Rakvere_kinnistusamet, lk 118
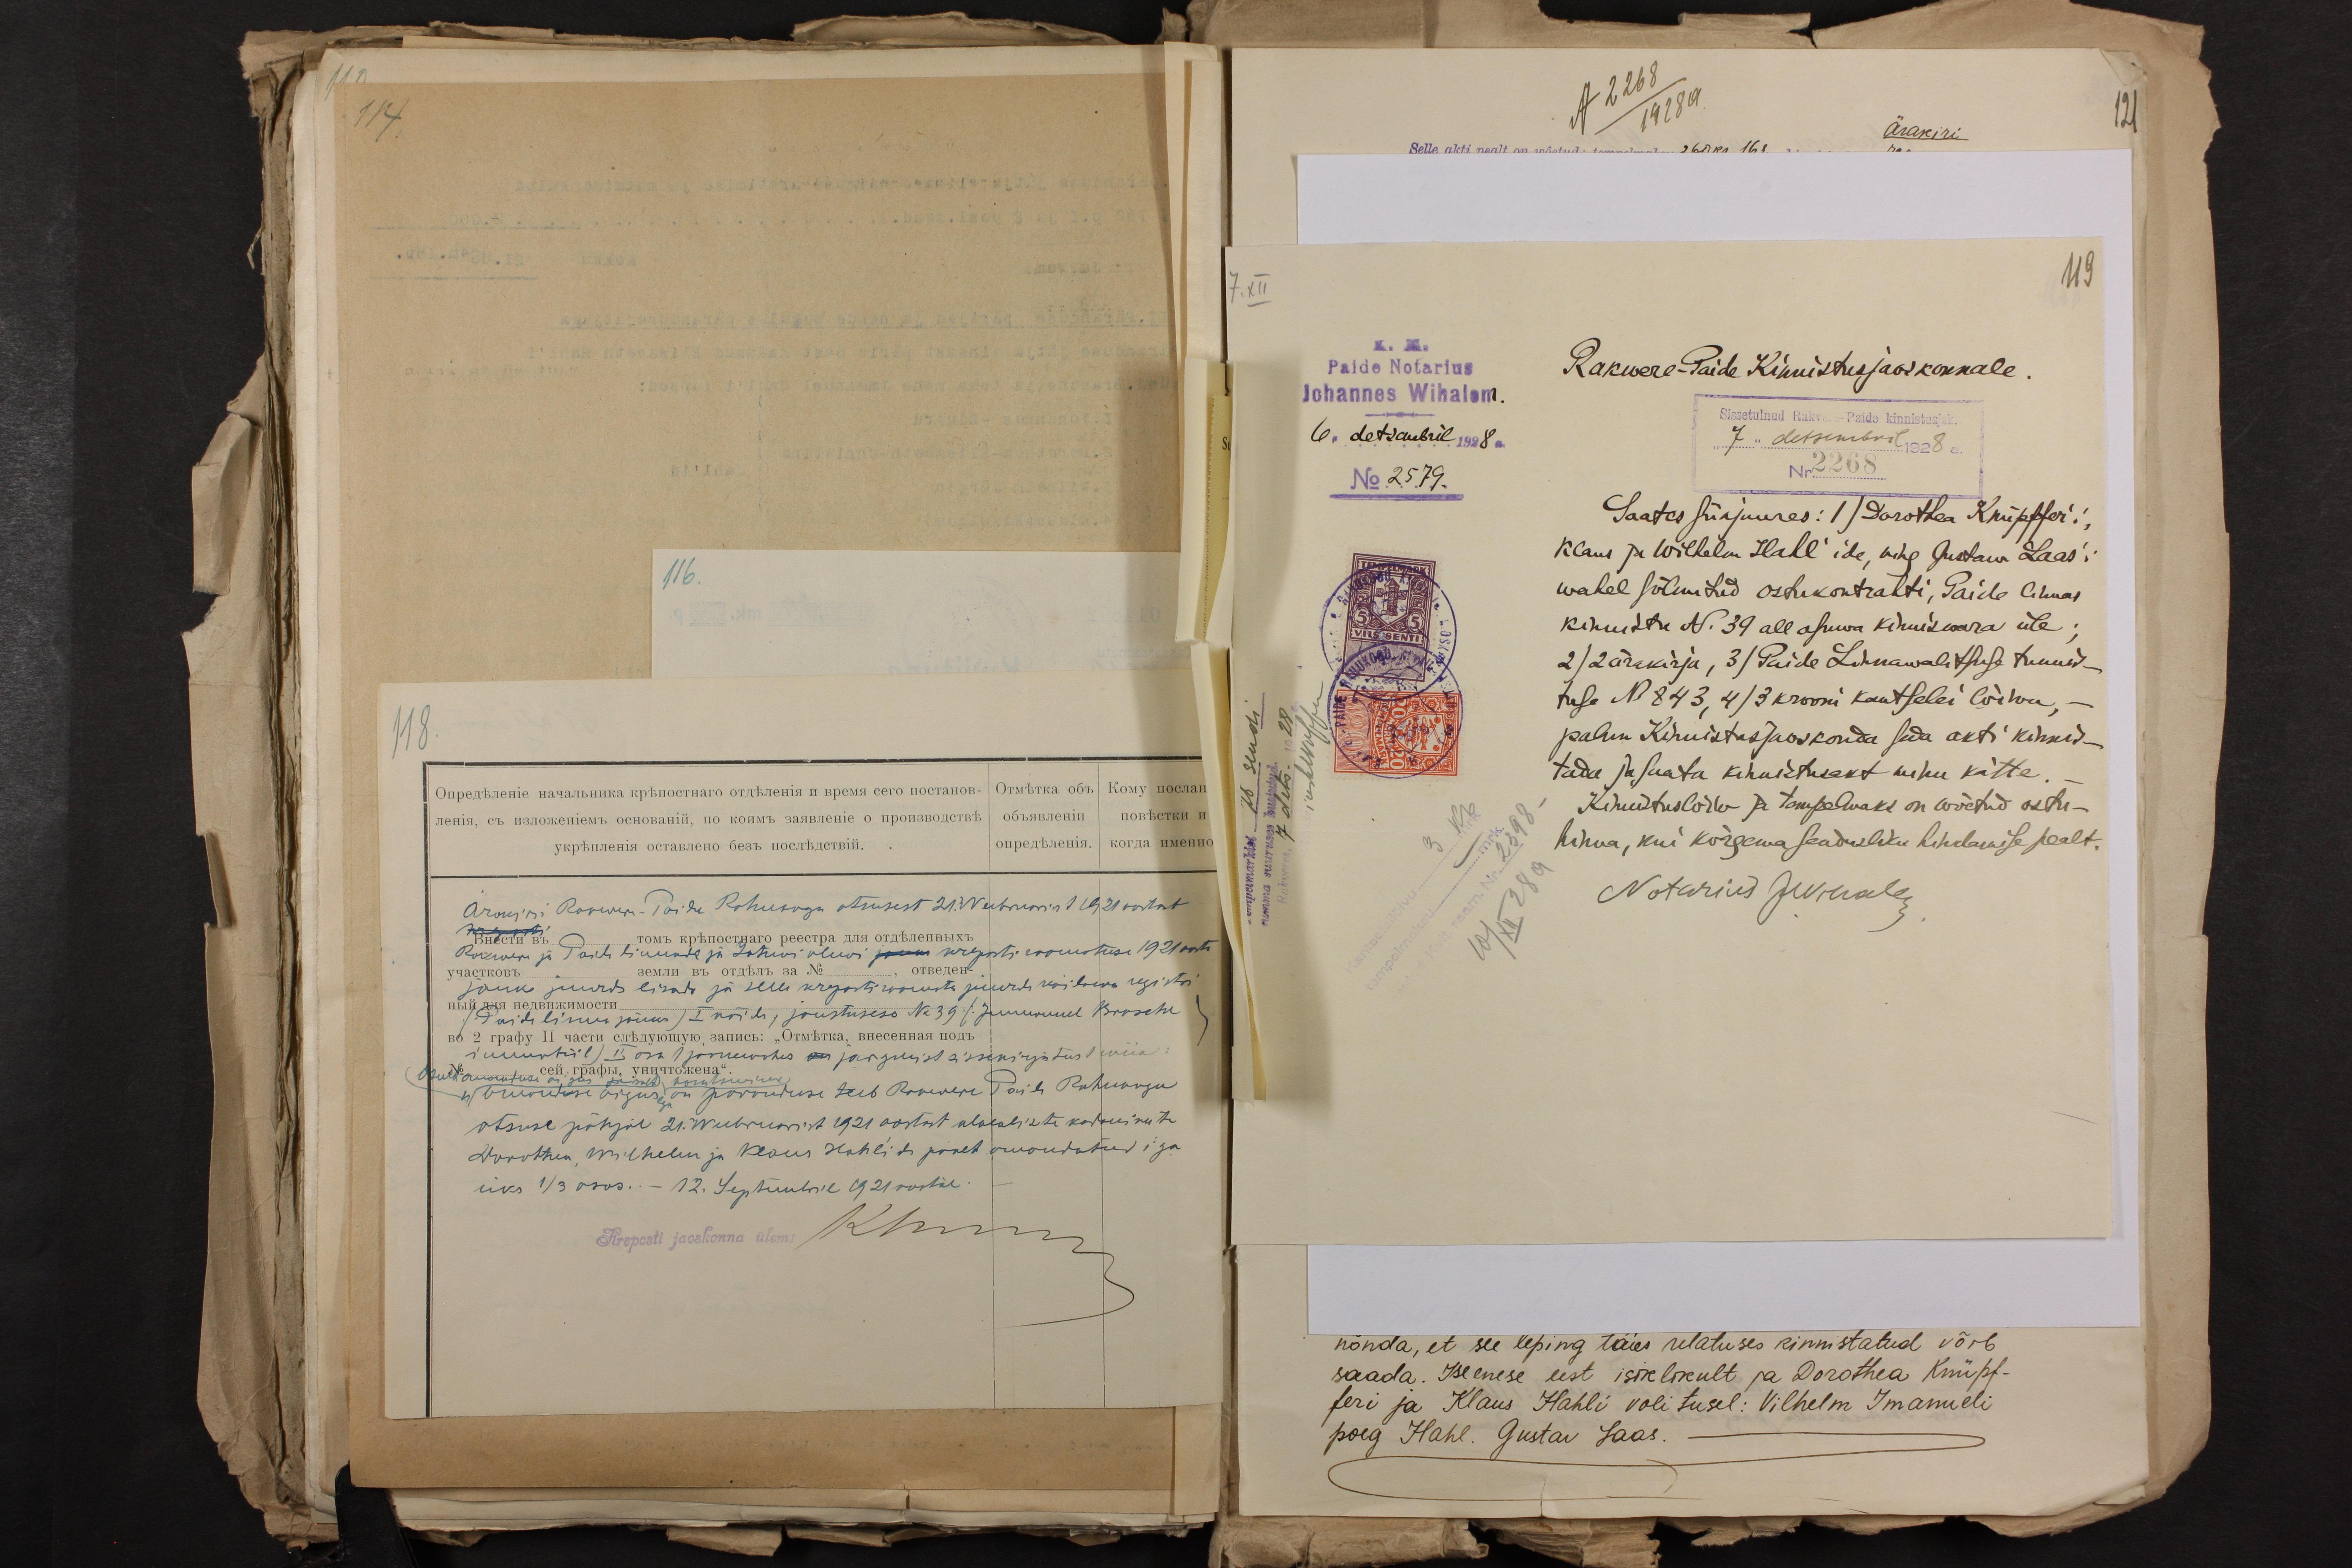
114
Ärakiri Rakwere-Paide Rahukogu otsusest 21. Weebruarist 1921 aastast
Rakwere ja Paide linnade ja Johwi alewi juures kreposti raamatuse 1921 aast
jauks juurde lisada ja selle kreposti roonata juurde koidowa registri
/Paide linna jäuks /I nõuda, jaustusese No 39 / Juuruunud Kooschi
rumurtiil) II osa 1 joonuoches on järgmist sissekirjutust wiia:
4) Otsustuse õigus on kombronduse teeb Rakwere Paide Rahukogu
otsuse põhjal 21. Weebruarist 1921 aastast alalaliste kodanikute
Dorothea, Wilhelm ja Klaus Hahl'ide poolt omandatud iga
üks 1/3 osas.. - 12. Septembril 1921 aastal.
Kreposti jaoskonna ülem Kimm

A 2268
1928 a
121

119
K. M.
Paide Notarius
Rakwere-Paide Kinnistusjaoskonnale.
Johannes Wihalem.
6. detsembril 1928a
issetulnud Rakwere - Paide kinnistusj.
7 " detsembril 1928 a.
No 2579.
Nr. 2268
Saates siiajuures: 1) Dorothea Knüpffer'i
Klaus ja Wilhelm Hahl'ide, ning Gustaw Laas'i
wahel sõlmitud ostukontrakti, Paide linnas
kinnistu N. 39 all asuwa kinniswara üle;
2) 2 ärakirja, 3) Paide Linnawalitsuse tunnis-
tuse N 843, 4/3 krooni kantselei lõiwu,-
palun Kinnistusjaoskonda seda akti kinnis-
tada ja saata kinnistusakt minu kätte
Kinnistuslõiw ja tempelmaks on wõetud ostu-
hinna, kui kõrgema seadudliku hindamise pealt.
Notariks Juhale

nõnda, et see leping täies ulatuses kinnistatud võib
saada. Ise enese eest isiklikult ja Dorothea Knüpf-
feri ja Klaus Hahli volitusel: Vilhelm Imanueli
poeg Hahl. Gustav Laas.